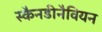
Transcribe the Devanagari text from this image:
स्कैनडीनैवियन